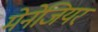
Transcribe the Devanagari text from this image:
मेनेजियर